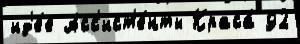
ид'е́е Асс'ист'е́нты Краса́ 92